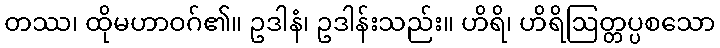
တဿ၊ ထိုမဟာဝဂ်၏။ ဥဒါနံ၊ ဥဒါန်းသည်း။ ဟိရိ၊ ဟိရိဩတ္တပ္ပစသော